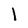
Character: l